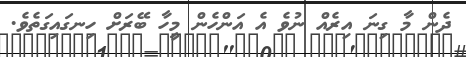
ދެން މާ ގިނަ އިރެއް ނުވެ އެ އަންހެން މީހާ ބޭރަށް ހިނގައިގަތެވެ.